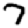
Digit: 7